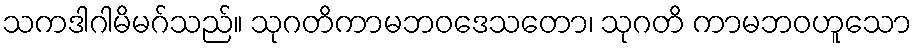
သကဒါဂါမိမဂ်သည်။ သုဂတိကာမဘဝဒေသတော၊ သုဂတိ ကာမဘဝဟူသော